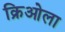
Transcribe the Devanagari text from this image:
क्रिओला